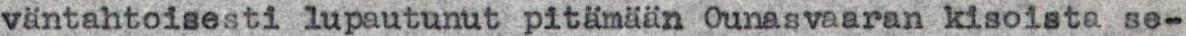
väntahtoisesti lupautunut pitämään Ounasvaaran kisoista se-